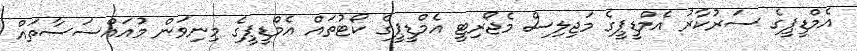
އެމްޑީޕީގެ ސަރުކާރު އެމްޑީޕީގެ މަޖިލިސް މެޖޯރިޓީ އެމްޑީޕީގެ ކޯޓުތައް އެމްޑީޕީގެ މިނިވަން މުއައްސަސާތައް